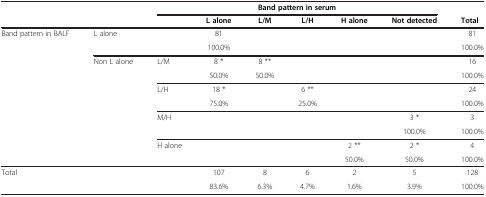
<table><thead><tr><td rowspan="2" colspan="2"><b> </b></td><td colspan="6"><b>Band pattern in serum</b></td><td><b> </b></td></tr><tr><td><b> </b></td><td><b>L alone</b></td><td><b>L/M</b></td><td><b>L/H</b></td><td><b>H alone</b></td><td><b>Not detected</b></td><td><b>Total</b></td></tr></thead><tbody><tr><td>Band pattern in BALF</td><td>L alone</td><td> </td><td>81</td><td> </td><td> </td><td> </td><td> </td><td>81</td></tr><tr><td> </td><td> </td><td> </td><td>100.0%</td><td> </td><td> </td><td> </td><td> </td><td>100.0%</td></tr><tr><td> </td><td>Non L alone</td><td>L/M</td><td>8 *</td><td>8 **</td><td> </td><td> </td><td> </td><td>16</td></tr><tr><td> </td><td> </td><td> </td><td>50.0%</td><td>50.0%</td><td> </td><td> </td><td> </td><td>100.0%</td></tr><tr><td> </td><td> </td><td>L/H</td><td>18 *</td><td> </td><td>6 **</td><td> </td><td> </td><td>24</td></tr><tr><td> </td><td> </td><td> </td><td>75.0%</td><td> </td><td>25.0%</td><td> </td><td> </td><td>100.0%</td></tr><tr><td> </td><td> </td><td>M/H</td><td> </td><td> </td><td> </td><td> </td><td>3 *</td><td>3</td></tr><tr><td> </td><td> </td><td> </td><td> </td><td> </td><td> </td><td> </td><td>100.0%</td><td>100.0%</td></tr><tr><td> </td><td> </td><td>H alone</td><td> </td><td> </td><td> </td><td>2 **</td><td>2 *</td><td>4</td></tr><tr><td> </td><td> </td><td> </td><td> </td><td> </td><td> </td><td>50.0%</td><td>50.0%</td><td>100.0%</td></tr><tr><td>Total</td><td> </td><td> </td><td>107</td><td>8</td><td>6</td><td>2</td><td>5</td><td>128</td></tr><tr><td> </td><td> </td><td> </td><td>83.6%</td><td>6.3%</td><td>4.7%</td><td>1.6%</td><td>3.9%</td><td>100.0%</td></tr></tbody></table>